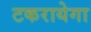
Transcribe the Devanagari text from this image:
टकरायेगा